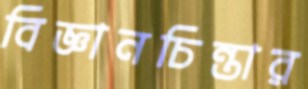
বিজ্ঞানচিন্তার